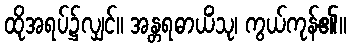
ထိုအရပ်၌လျှင်။ အန္တရဓာယိံသု၊ ကွယ်ကုန်၏။